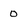
Character: 0